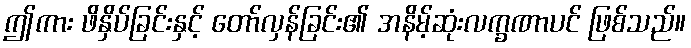
ဤကား ဖိနှိပ်ခြင်းနှင့် တော်လှန်ခြင်း၏ အနိမ့်ဆုံးလက္ခဏာပင် ဖြစ်သည်။